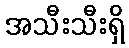
အသီးသီးရှိ